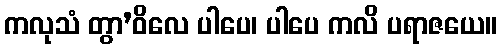
ကလုသံ တွာ’ဝိလေ ပါပေ၊ ပါပေ ကလိ ပရာဇယေ။